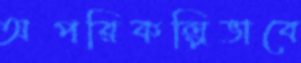
অপরিকল্পিভাবে